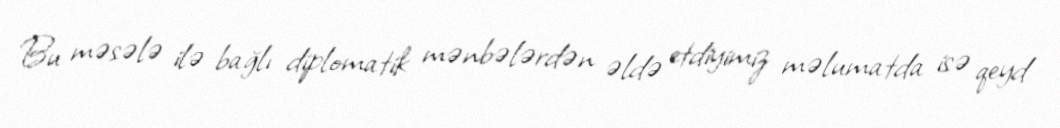
Bu məsələ ilə bağlı diplomatik mənbələrdən əldə etdiyimiz məlumatda isə qeyd